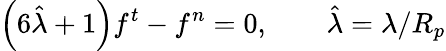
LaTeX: \left(6\hat{\lambda}+1\right)f^{t}-f^{n}=0,\qquad\hat{\lambda}=\lambda/R_{p}